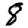
Digit: 8